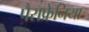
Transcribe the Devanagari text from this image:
पैराफ्रेनिया